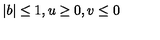
| b | \leq 1 , u \geq 0 , v \leq 0 \nonumber